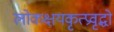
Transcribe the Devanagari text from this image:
लोकक्षयकृत्प्रवृद्धो